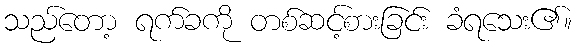
သည်တော့ ရက်ခကို တစ်ဆင့်စားခြင်း ခံရသေး၏။